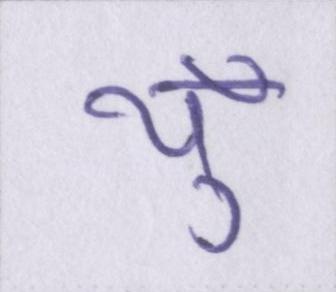
यूँ